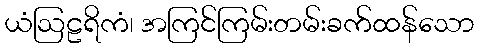
ယံဩဠရိကံ၊ အကြင်ကြမ်းတမ်းခက်ထန်သော